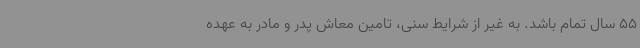
55 سال تمام باشد. به غیر از شرایط سنی، تامین معاش پدر و مادر به عهده